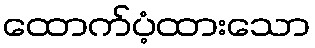
ထောက်ပံ့ထားသော